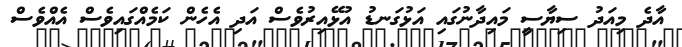
އާދެ މިއަދު ސިޔާސީ މައިދާނުގައި އަޅުގަނޑު އުޅޭއިރުވެސް އަދި އެހެން ކަމެއްގައިވެސް އެއްވެސް